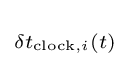
\scriptstyle \delta t_{{\text{clock}},i}(t)